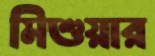
মিশুয়ার